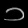
Digit: ၁